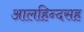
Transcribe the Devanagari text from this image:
आलहिन्दसह